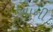
અાની